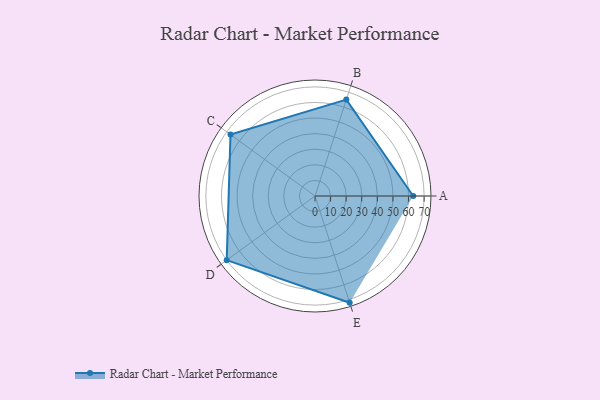
{"axis": {"x": "Skill", "y": "Score"}, "legend": ["Profile"], "data": [{"x": "A", "y": 63.0, "type": "Profile"}, {"x": "B", "y": 65.0, "type": "Profile"}, {"x": "C", "y": 67.0, "type": "Profile"}, {"x": "D", "y": 70.0, "type": "Profile"}, {"x": "E", "y": 72.0, "type": "Profile"}]}